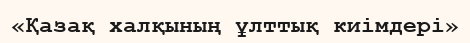
«Қазақ халқының ұлттық киімдері»